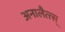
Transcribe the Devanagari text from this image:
अनालैत्त्स्